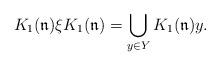
LaTeX: \begin{align*}K_1(\mathfrak{n})\xi K_1(\mathfrak{n})=\bigcup_{y\in Y}K_1(\mathfrak{n})y.\end{align*}